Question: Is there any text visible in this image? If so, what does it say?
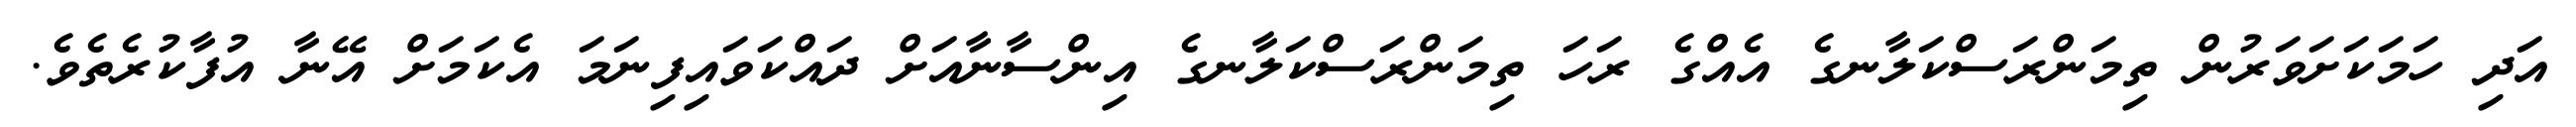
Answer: އަދި ހަމަކަށަވަރުން ތިމަންރަސްކަލާނގެ އެއްގެ ރަހަ ތިމަންރަސްކަލާނގެ އިންސާނާއަށް ދައްކަވައިފިނަމަ އެކަމަށް އޭނާ އުފާކުރެތެވެ.